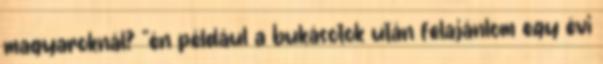
magyaroknál? "én például a bukásotok után felajánlom egy évi